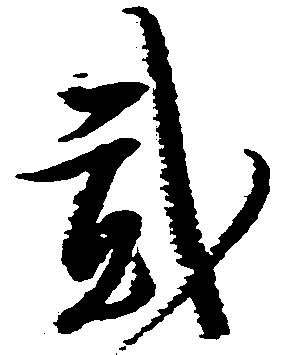
弐